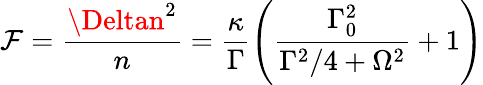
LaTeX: \mathcal{F}=\frac{{\Deltan^{2}}}{{n}}=\frac{{\kappa}}{{\Gamma}}\left(\frac{{\Gamma_{0}^{2}}}{{\Gamma^{2}/4+\Omega^{2}}}+1\right)